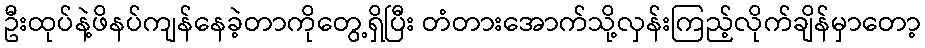
ဦးထုပ်နဲ့ဖိနပ်ကျန်နေခဲ့တာကိုတွေ့ရှိပြီး တံတားအောက်သို့လှန်းကြည့်လိုက်ချိန်မှာတော့